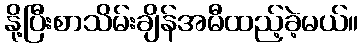
နို့ပြီးစာသိမ်းချိန်အမီထည့်ခဲ့မယ်။